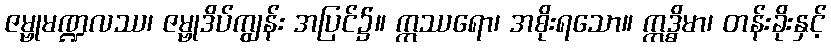
ဇမ္ဗုမဏ္ဍလဿ၊ ဇမ္ဗုဒိပ်ကျွန်း အပြင်၌။ ဣဿရော၊ အစိုးရသော။ ဣဒ္ဓိမာ၊ တန်းခိုးနှင့်